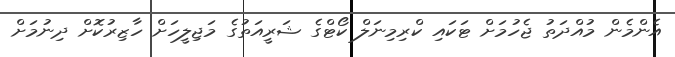
އެންމެން މުއްދަތު ޖެހުމަށް ޓަކައި ކްރިމިނަލް ކޯޓްގެ ޝަރީއަތުގެ މަޖިލީހަށް ހާޒިރުކޮށް ދިނުމަށް